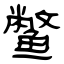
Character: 鳖